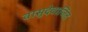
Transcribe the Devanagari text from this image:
वासुदेवाजित